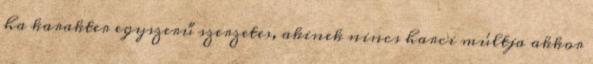
ha karakter egyszerű szerzetes, akinek nincs harci múltja akkor